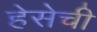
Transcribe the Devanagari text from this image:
हेसेची